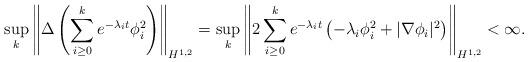
LaTeX: \begin{align*}\sup_k \left\|\Delta \left(\sum_{i \ge 0}^ke^{-\lambda_it}\phi_i^2\right)\right\|_{H^{1, 2}}= \sup_k\left\|2\sum_{i \ge 0}^ke^{-\lambda_it} \left(-\lambda_i\phi_i^2 +|\nabla \phi_i|^2\right)\right\|_{H^{1, 2}}<\infty.\end{align*}